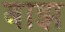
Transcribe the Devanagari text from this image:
बाझ